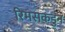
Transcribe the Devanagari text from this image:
रिमसकडुन